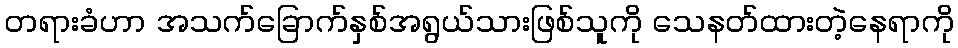
တရားခံဟာ အသက်ခြောက်နှစ်အရွယ်သားဖြစ်သူကို သေနတ်ထားတဲ့နေရာကို